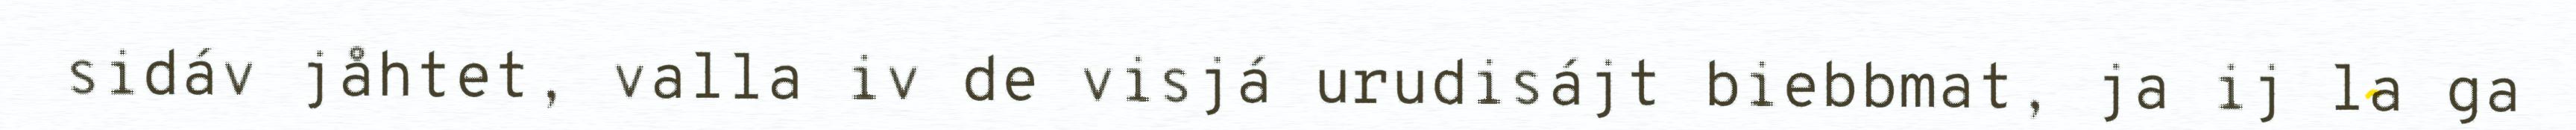
sidáv jåhtet, valla iv de visjá urudisájt biebbmat, ja ij la ga